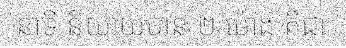
នាទី និយាយបាន ២ ម៉ោង គឺជា